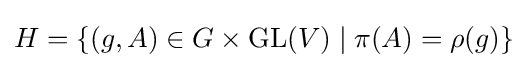
H=\{(g,A)\in G\times \mathrm {GL} (V)\mid \pi (A)=\rho (g)\}